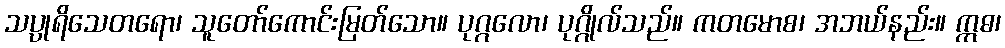
သပ္ပုရိသေတရော၊ သူတော်ကောင်းမြတ်သော။ ပုဂ္ဂလော၊ ပုဂ္ဂိုလ်သည်။ ကတမောစ၊ အဘယ်နည်း။ ဣဓ၊